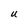
Character: U